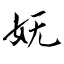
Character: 妩